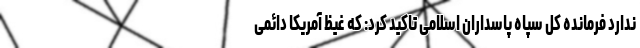
ندارد فرمانده کل سپاه پاسداران اسلامی تاکید کرد: که غیظ آمریکا دائمی